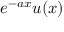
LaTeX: e ^ { - a x } u ( x )